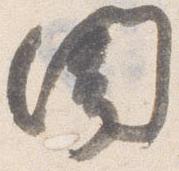
聞